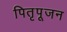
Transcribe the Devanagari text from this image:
पितृपूजन